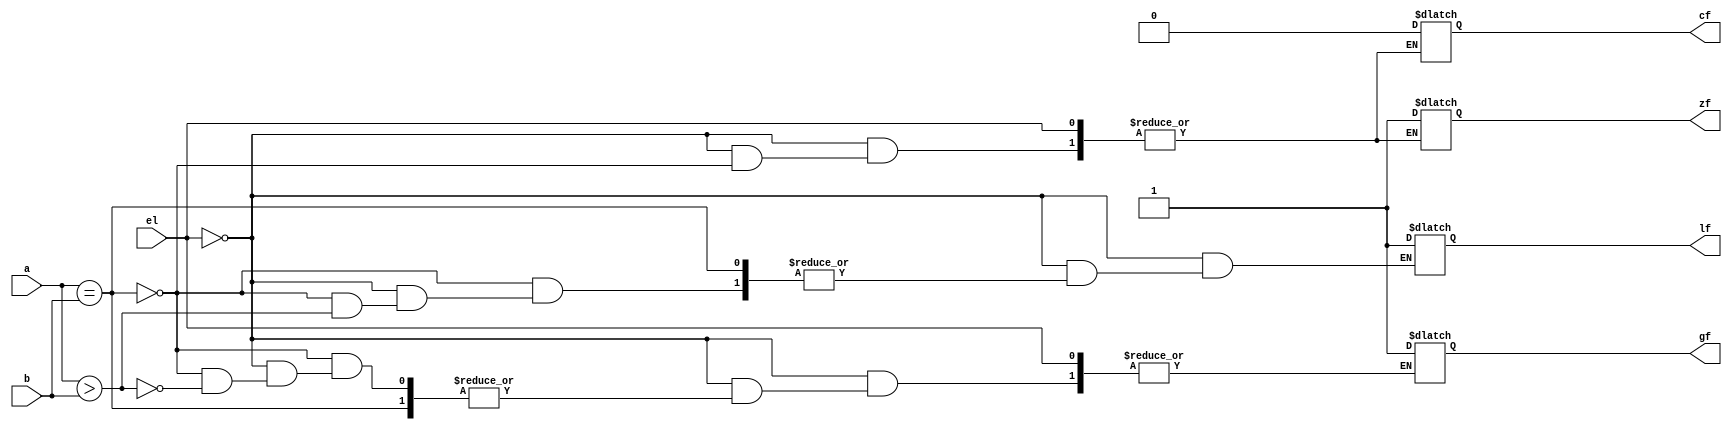
module comparator(input [7:0]a,b,input el,output reg zf,cf,gf,lf);
  
//reg [7:0]accumulator=a;


always @(*)
begin

if(el==0)
begin
 	if (a==b)   // a equal to b
 	begin
	  cf=1'b0;
	   zf=1'b1;
	//	accumulator=8'b0;
        $display("when op are equal accumulator value");

	 end
        else if (a>b)   // a greaterthan  b
 	begin
	    
            gf=1'b1; 
      //  $display("when op are not equal accumulator value %b",accumulator);
 	end
        else    //  a lessthan  b
 	begin
	  lf=1'b1;
	 end
end
else 
	begin 
//	c_out=8'bzzz;
  	lf=1'b1;
     //   $display("when op are not not equal accumulator value %b",accumulator);

	end
 
end
endmodule